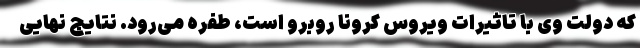
که دولت وی با تاثیرات ویروس کرونا روبرو است، طفره می‌رود. نتایج نهایی